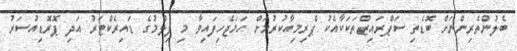
ބެލުންތެރިންނަށް ބޮޑެތި ސަޕްރައިޒްތަކަކާއެކު ޕްރިމިއާކުރުމަށް ހަމަޖެހިފައިވާ މި ފިލްމުގެ ޑައިރެކްޓަރު އަދި ޕޮރޮޑިއުސަރު